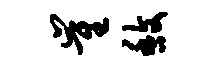
崔馥